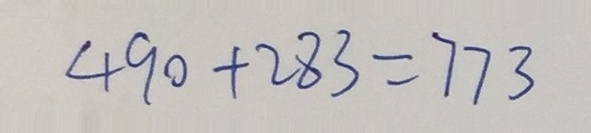
4 9 0 + 2 8 3 = 7 7 3